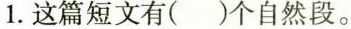
1.这篇短文有( )个自然段。